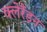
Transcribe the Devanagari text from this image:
क्लेरैंडन